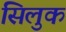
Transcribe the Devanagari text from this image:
सिलुक